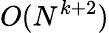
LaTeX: O(N^{k+2})